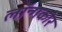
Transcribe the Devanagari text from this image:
लॉन्गकोर